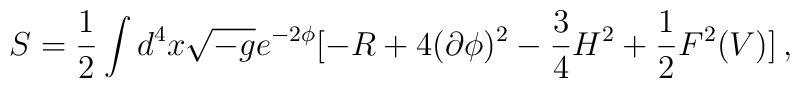
S=\frac{1}{2}\int d^{4}x\sqrt{-g} e^{-2\phi} [-R +4(\partial\phi)^{2} -\frac{3}{4}H^{2}+\frac{1}{2}F^{2}(V)]\, ,